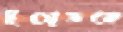
ইয়েত্তকে